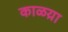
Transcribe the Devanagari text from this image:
काळय़ा